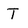
Character: T